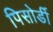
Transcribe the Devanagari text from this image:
पिसोर्डी